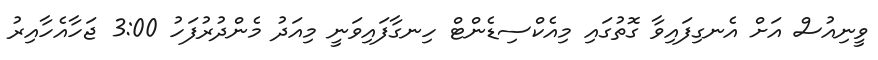
ވީނިއުސް އަށް އެނގިފައިވާ ގޮތުގައި މިއެކްސިޑެންޓް ހިނގާފައިވަނީ މިއަދު މެންދުރުފަހު 3:00 ޖަހާއެހާއިރު